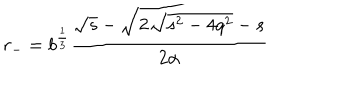
LaTeX: r _ { - } = b ^ { \frac 1 3 } \frac { \sqrt { s } - \sqrt { 2 \sqrt { s ^ { 2 } - 4 q ^ { 2 } } - s } } { 2 \alpha }